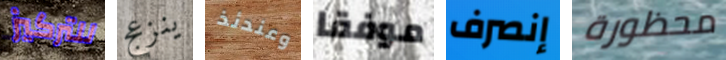
للتركيز ينزعج وعندئذ موفقا إنصرف محظورة